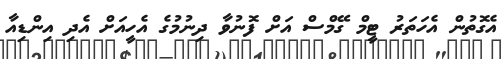
އެގޮތުން އެހަތަރު ޓީމް ގޭމްސް އަށް ފޮނުވާ ދިނުމުގެ އެހީއަށް އެދި އިންޑިއާ